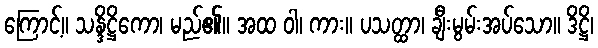
ကြောင့်။ သန္ဒိဋ္ဌိကော၊ မည်၏။ အထ ဝါ၊ ကား။ ပသတ္ထာ၊ ချီးမွမ်းအပ်သော။ ဒိဋ္ဌိ၊